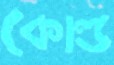
কোল্ড